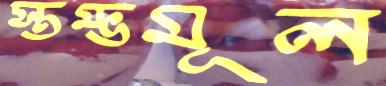
স্তম্ভমূল